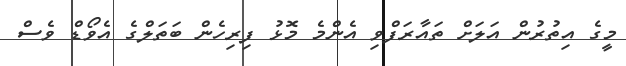
މީގެ އިތުރުން އަލަށް ތައާރަފްވި އެންމެ މޮޅު ފިރިހެން ބަތަލްގެ އެވޯޑް ވެސް